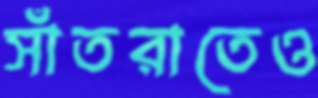
সাঁতরাতেও